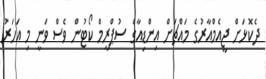
ދެކޮޅަށް ޖީއެމްއާރުގެ މައްޗަށް އިންޑިއާގެ ސުޕްރީމް ކޯޓުން ވެސް ވަނީ މި އަހަރު